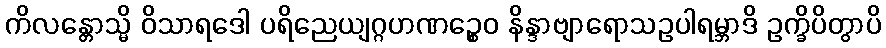
ကိလန္တောသ္မိ ဝိသာရဒေါ ပရိညေယျဂ္ဂဟဏဉ္စေဝ နိန္ဒာဗျာရောသဥပါရမ္ဘာဒိ ဥက္ခိပိတွာပိ